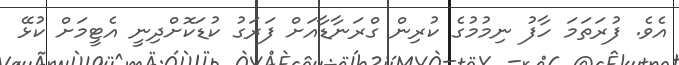
އެވެ. ފުރަތަމަ ހާފު ނިމުމުގެ ކުރިން ގްރަނާޑާއަށް ފަރަގު ކުޑަކޮށްދިނީ އެޓީމަށް ކުޅޭ